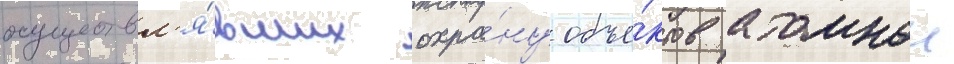
осуществл'я́вших охра́ну объе́ктов атомнои